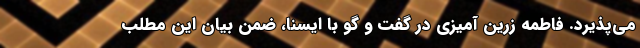
می‌پذیرد. فاطمه زرین آمیزی در گفت و گو با ایسنا، ضمن بیان این مطلب